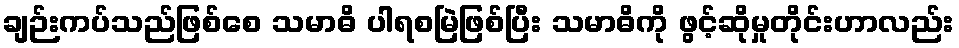
ချဉ်းကပ်သည်ဖြစ်စေ သမာဓိ ပါရစမြဲဖြစ်ပြီး သမာဓိကို ဖွင့်ဆိုမှုတိုင်းဟာလည်း